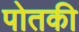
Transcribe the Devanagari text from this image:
पोतकी